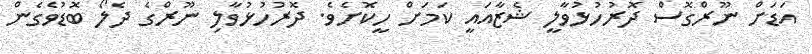
އަޑަށް ނޫރްގޮސް ދޮރުހުޅުވާލީ ޝެޒާއައީ ކަމަށް ހީކޮށެވެ. ދޮރުހުޅުވާލި ނޫރްގެ ދެލޯ ބޮޑުވެގެން